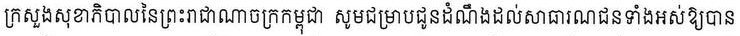
ក្រសួងសុខាភិបាលនៃព្រះរាជាណាចក្រកម្ពុជា សូមជម្រាបជូនដំណឹងដល់សាធារណជនទាំងអស់ឱ្យបាន